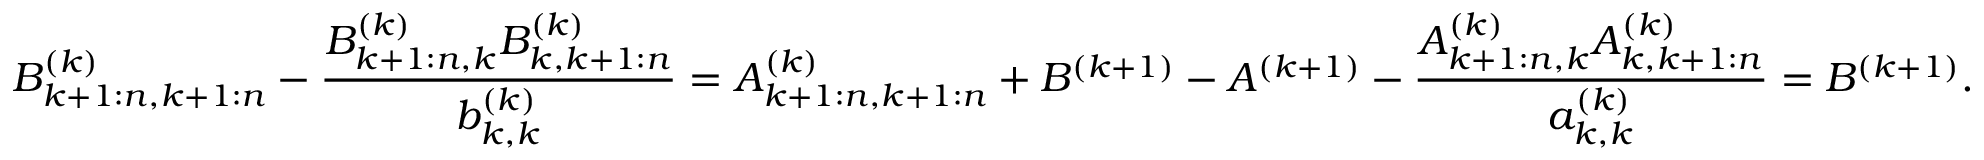
B _ { k + 1 : n , k + 1 : n } ^ { ( k ) } - \frac { B _ { k + 1 : n , k } ^ { ( k ) } B _ { k , k + 1 : n } ^ { ( k ) } } { b _ { k , k } ^ { ( k ) } } = A _ { k + 1 : n , k + 1 : n } ^ { ( k ) } + B ^ { ( k + 1 ) } - A ^ { ( k + 1 ) } - \frac { A _ { k + 1 : n , k } ^ { ( k ) } A _ { k , k + 1 : n } ^ { ( k ) } } { a _ { k , k } ^ { ( k ) } } = B ^ { ( k + 1 ) } .